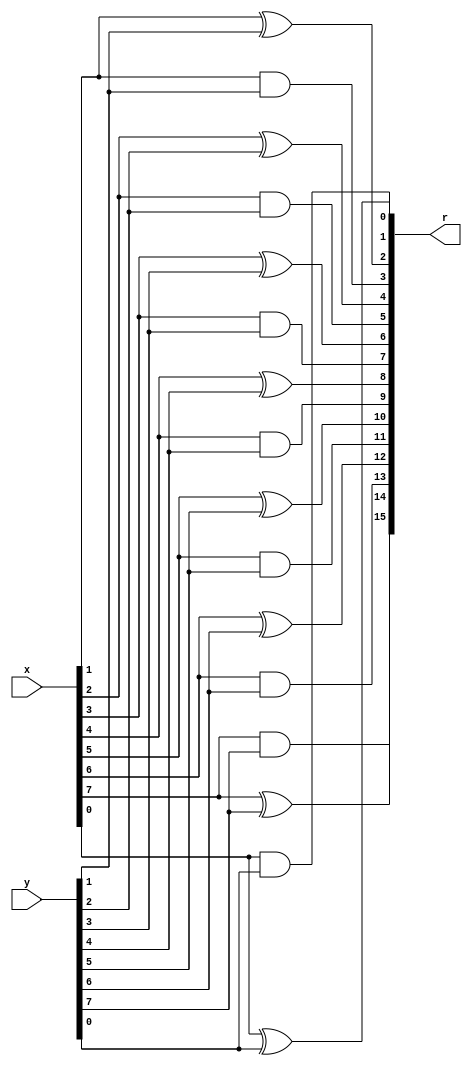
`timescale 1ns / 1ps

module HA1(
    input [7:0]x,
    input [7:0]y,
    output [15:0]r
    );
    assign r[0] = x[0]^y[0];
    assign r[1] = x[0]&y[0];
    assign r[2] = x[1]^y[1];
    assign r[3] = x[1]&y[1];
    assign r[4] = x[2]^y[2];
    assign r[5] = x[2]&y[2];
    assign r[6] = x[3]^y[3];
    assign r[7] = x[3]&y[3];
    assign r[8] = x[4]^y[4];
    assign r[9] = x[4]&y[4];
    assign r[10] = x[5]^y[5];
    assign r[11] = x[5]&y[5];
    assign r[12] = x[6]^y[6];
    assign r[13] = x[6]&y[6];
    assign r[14] = x[7]^y[7];
    assign r[15] = x[7]&y[7];
        
endmodule